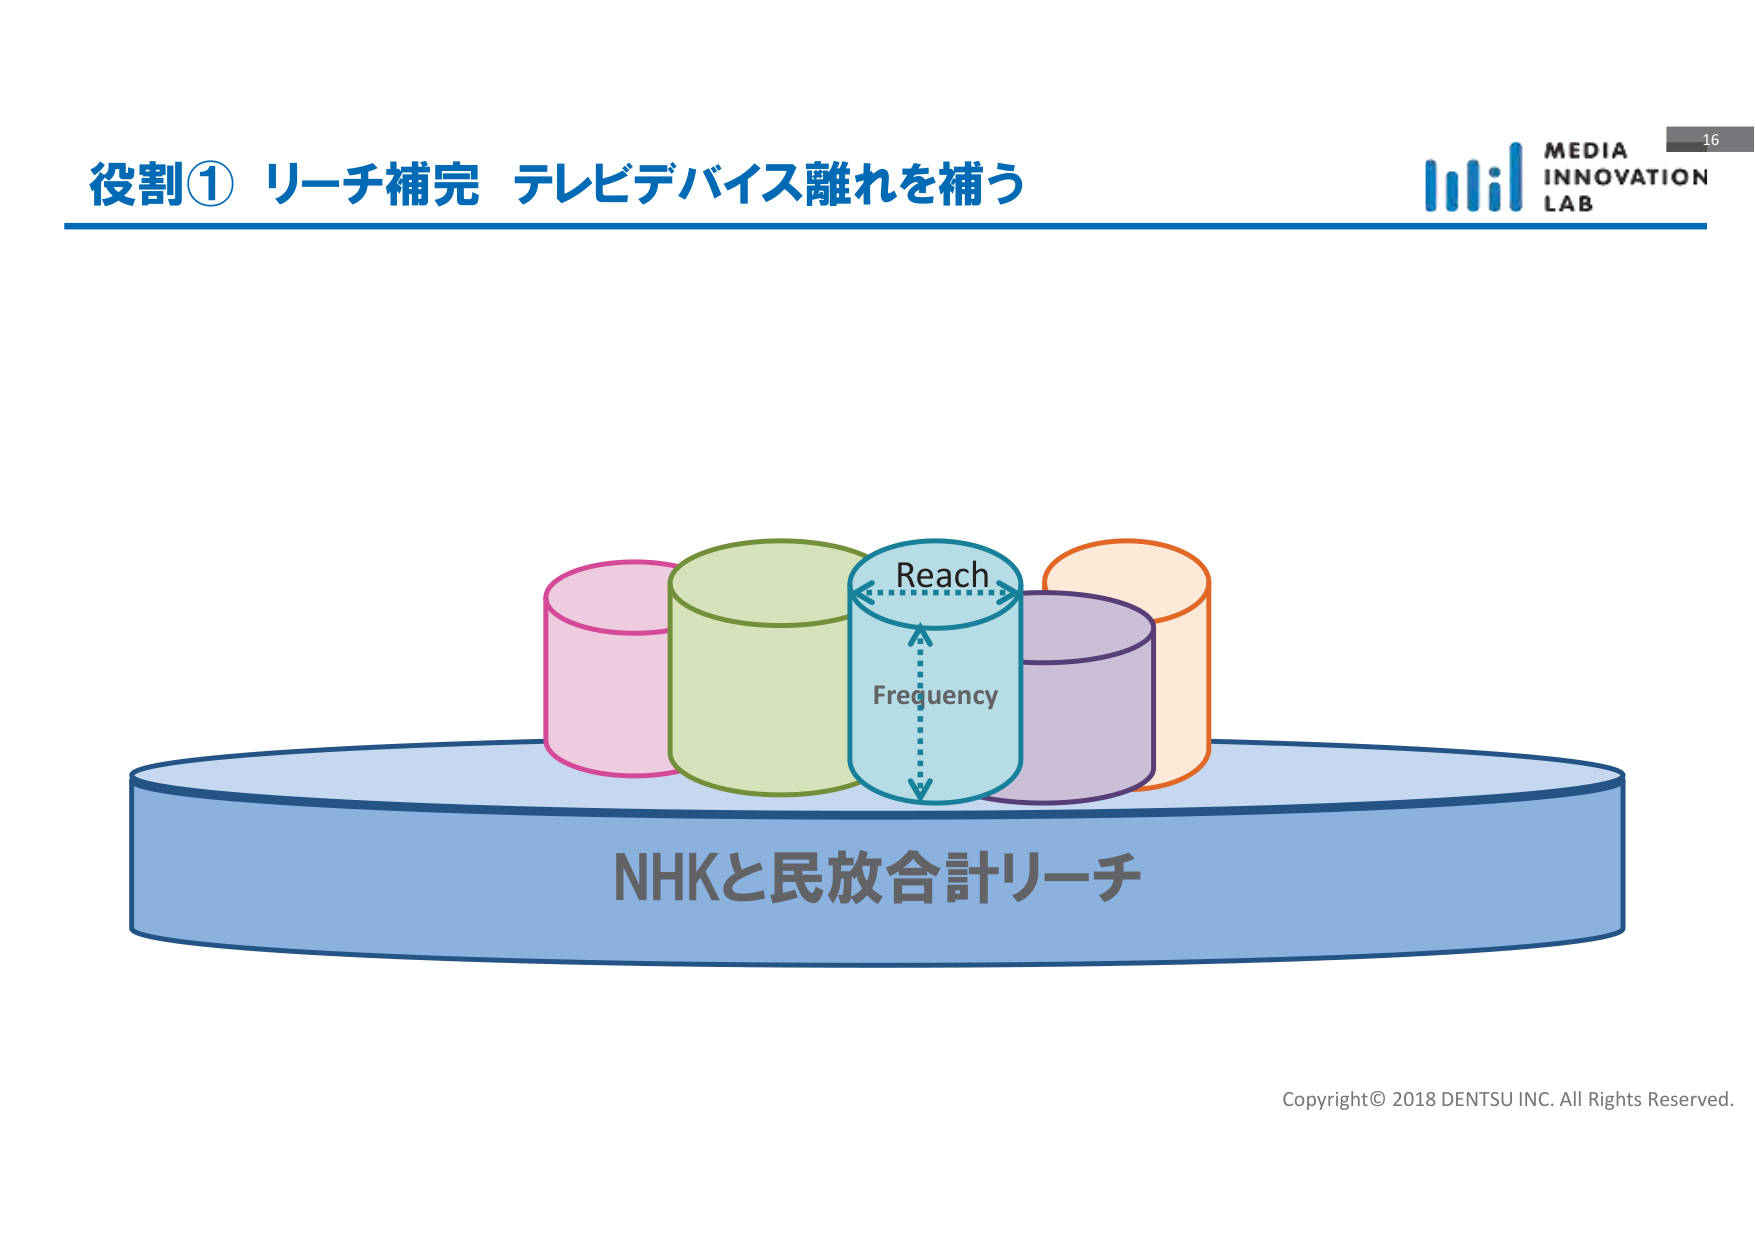
役割① リーチ補完 テレビデバイス離れを補う
MEDIA
INNOVATION
LAB
16
Reach
Frequency
NHKと民放合計リーチ
Copyright© 2018 DENTSU INC. All Rights Reserved.